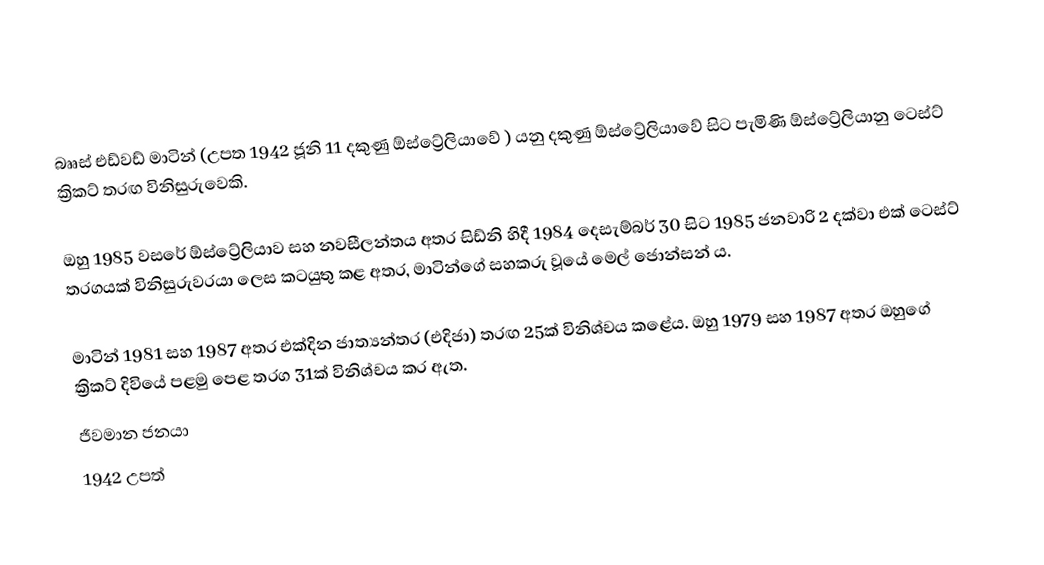
බෲස් එඩ්වඩ් මාටින් (උපත 1942 ජූනි 11 දකුණු ඕස්ට්‍රේලියාවේ ) යනු දකුණු ඕස්ට්‍රේලියාවේ සිට පැමිණි ඕස්ට්‍රේලියානු ටෙස්ට් ක්‍රිකට් තරඟ විනිසුරුවෙකි.

ඔහු 1985 වසරේ ඕස්ට්‍රේලියාව සහ නවසීලන්තය අතර සිඩ්නි හිදී 1984 දෙසැම්බර් 30 සිට 1985 ජනවාරි 2 දක්වා එක් ටෙස්ට් තරගයක් විනිසුරුවරයා ලෙස කටයුතු කළ අතර, මාටින්ගේ සහකරු වූයේ මෙල් ජොන්සන් ය.

මාටින් 1981 සහ 1987 අතර එක්දින ජාත්‍යන්තර (එදිජා) තරඟ 25ක් විනිශ්චය කළේය. ඔහු 1979 සහ 1987 අතර ඔහුගේ ක්‍රිකට් දිවියේ පළමු පෙළ තරග 31ක් විනිශ්චය කර ඇත.
ජීවමාන ජනයා
1942 උපත්